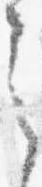
之